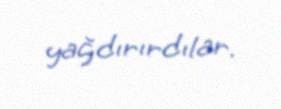
yağdırırdılar.